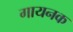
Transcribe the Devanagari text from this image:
गायनक